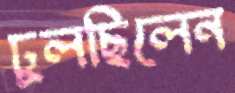
ঢুলছিলেন